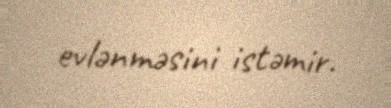
evlənməsini istəmir.